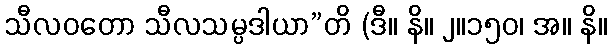
သီလဝတော သီလသမ္ပဒါယာ”တိ (ဒီ။ နိ။ ၂။၁၅၀၊ အ။ နိ။